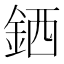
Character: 𲇊